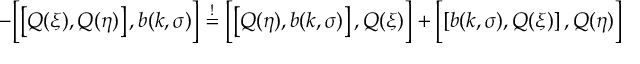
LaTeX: - \Bigl [ \left[ Q ( \xi ) , Q ( \eta ) \right] , b ( k , \sigma ) \Bigr ] \stackrel { ! } { = } \Bigl [ \left[ Q ( \eta ) , b ( k , \sigma ) \right] , Q ( \xi ) \Bigr ] + \Bigl [ \left[ b ( k , \sigma ) , Q ( \xi ) \right] , Q ( \eta ) \Bigr ]